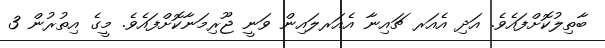
ބާތިލުކޮށްފައެވެ. އަދި އެއަރ ޗައިނާ އެއަރލައިން ވަނީ ޖޫރިމަނާކޮށްފައެވެ. މީގެ އިތުރުން 3